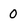
Character: 0